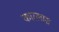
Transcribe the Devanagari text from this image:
कारलास